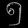
Digit: ၅